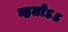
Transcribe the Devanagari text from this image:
व्हतोऽऽ